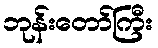
ဘုန်းတော်ကြီး